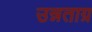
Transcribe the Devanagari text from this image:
उन्नताग्र